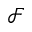
\mathcal { F }